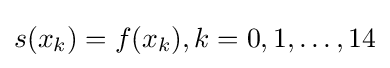
s(x_{k})=f(x_{k}),k=0,1,\dots ,14